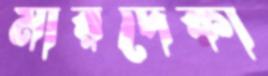
মারদেকা